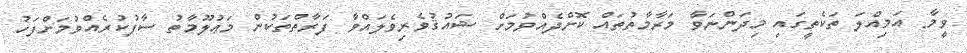
ވީމާ